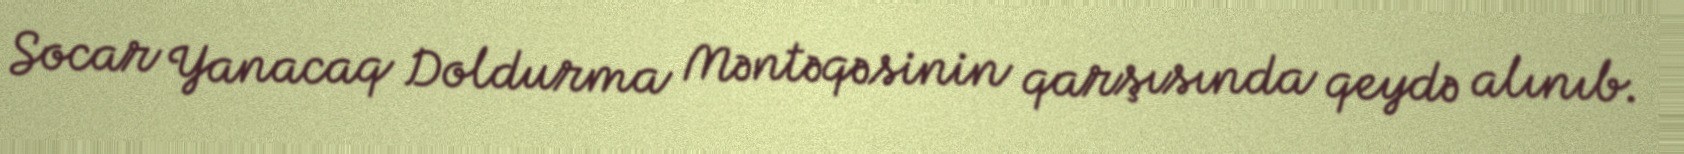
Socar Yanacaq Doldurma Məntəqəsinin qarşısında qeydə alınıb.